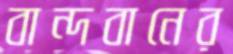
বান্দবানের